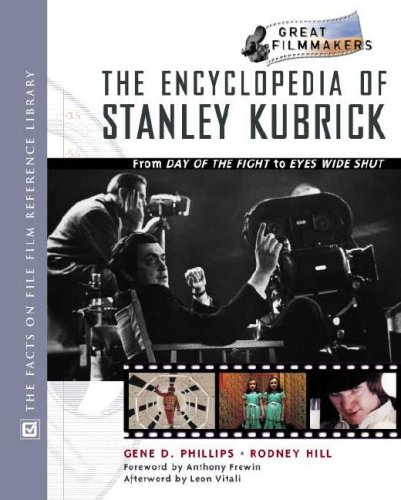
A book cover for Encyclopedia of Stanley Kubrick: From Day of the Fight to Eyes Wide Shut (Library of Great Filmmakers); Rodney Hill; Humor & Entertainment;